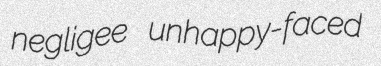
negligee unhappy-faced